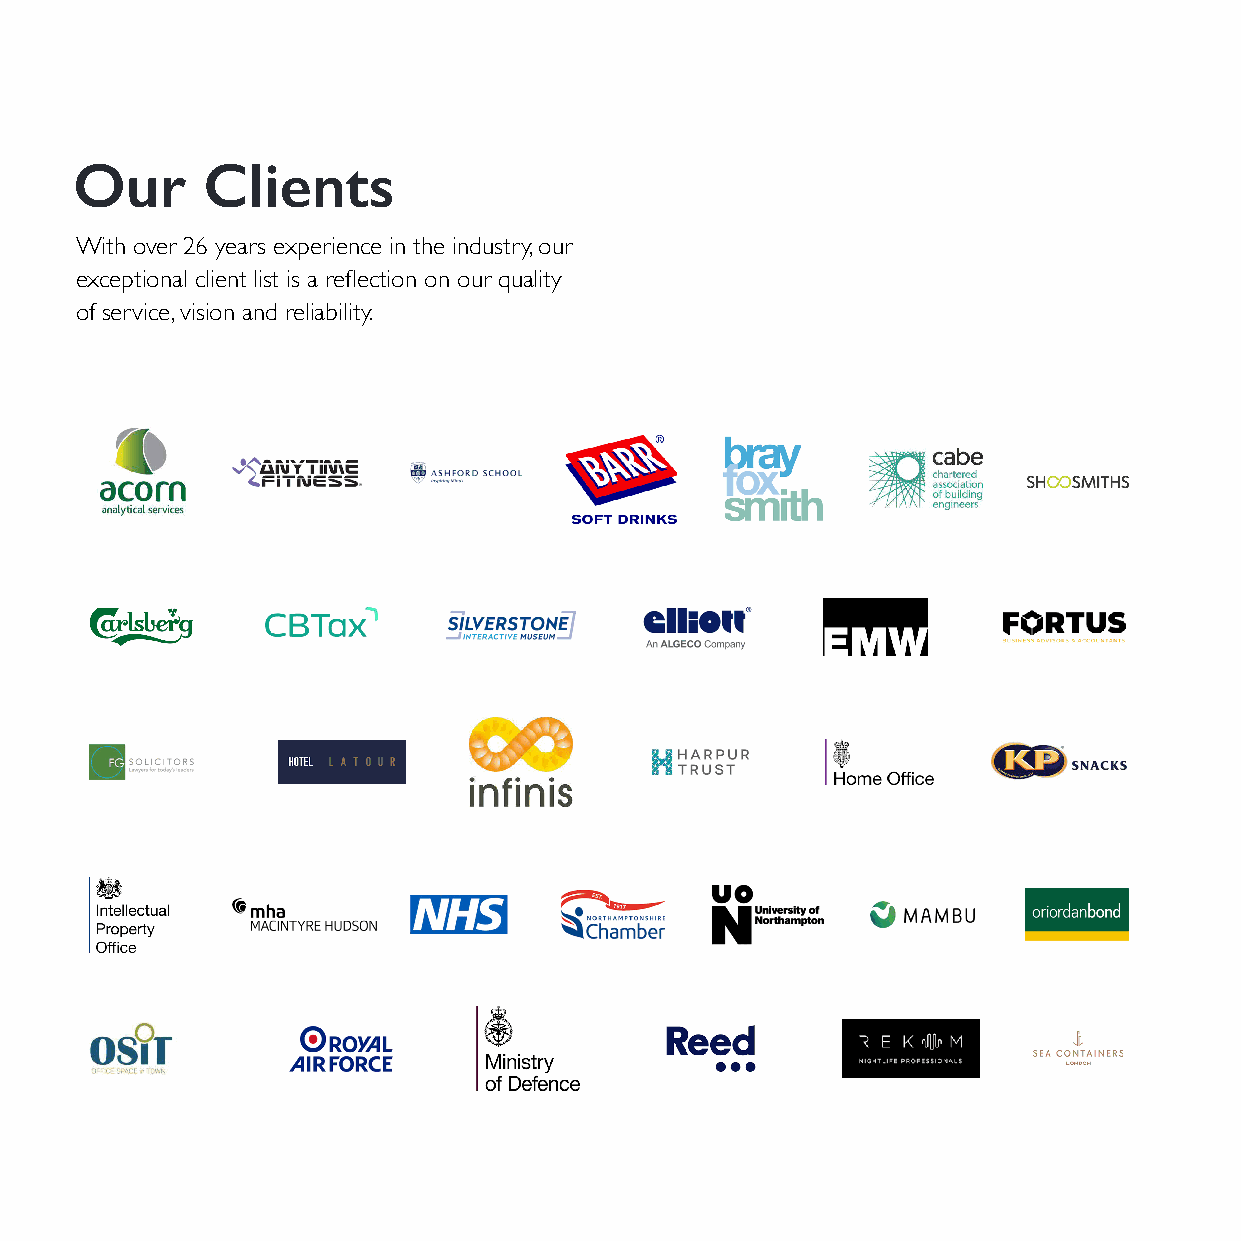
Our     Clients
 With over 26 years experience in the industry, our
 exceptional client list is a reflection on our quality
 of service, vision and reliability.